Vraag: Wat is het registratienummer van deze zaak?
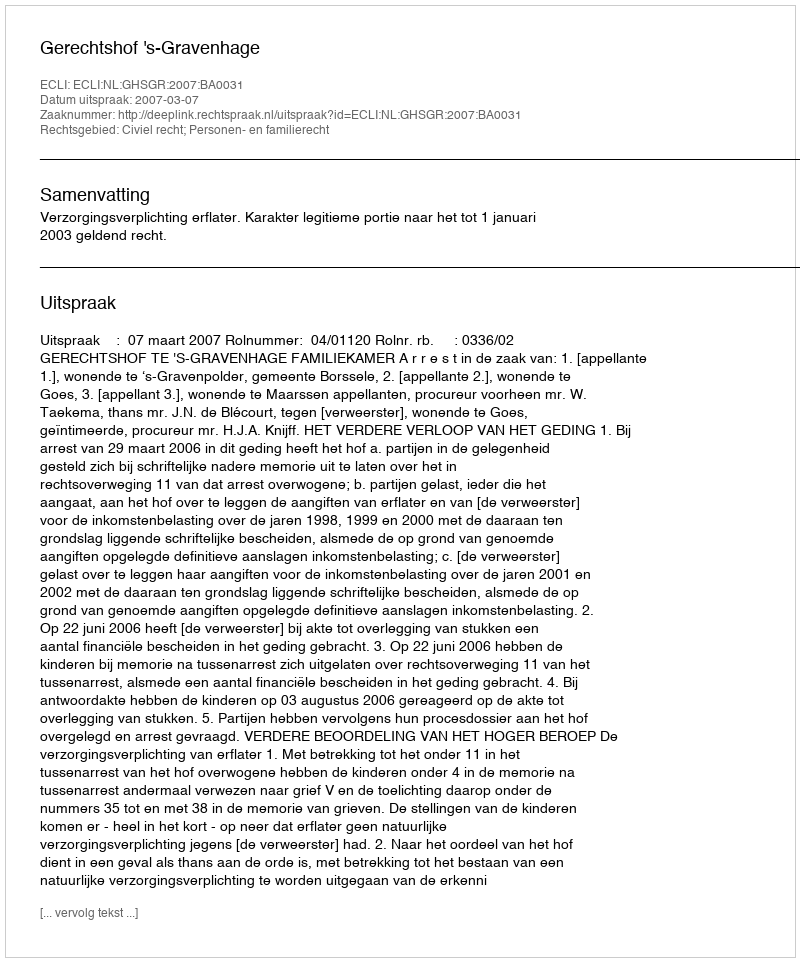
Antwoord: http://deeplink.rechtspraak.nl/uitspraak?id=ECLI:NL:GHSGR:2007:BA0031